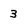
Character: 3